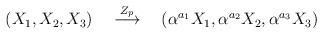
LaTeX: \begin{align*}(X_1, X_2, X_3)~~~\stackrel{Z_p}{\longrightarrow}~~~(\alpha^{a_1}X_1, \alpha^{a_2}X_2, \alpha^{a_3}X_3)\end{align*}